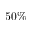
5 0 \%